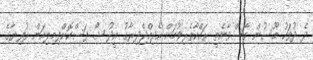
ދެ ދުވަހު މޫސުން ގޯސްވާނެތީ ރައްކާތެރިވުމަށް އެދިއްޖެދިރާގު އީދު ޝޯ ފަސްކޮށްފިމިލިއަން ރުފިޔާގެ